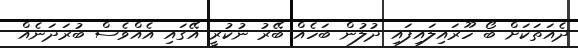
ދެއަތަކަށް ބޯ ހޫރައިލައިފައި ދުލުން ބަހެއް ބޭރު ނުކުރީ އޭގައި އެއްވެސް ބުރަދަނެއް